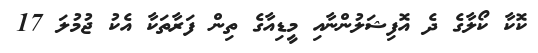
ކޮކާ ކޯލާގެ ދެ އޮފިޝަލުންނާއި މީޑިއާގެ ތިން ފަރާތަކާ އެކު ޖުމުލަ 17